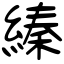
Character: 縥